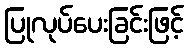
ပြုလုပ်ပေးခြင်းဖြင့်